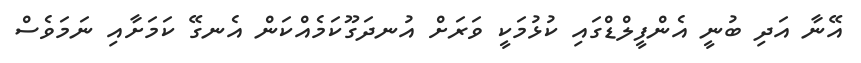
އޭނާ އަދި ބުނީ އެންފީލްޑްގައި ކުޅުމަކީ ވަރަށް އުނދަގޫކަމެއްކަން އެނގޭ ކަމަށާއި ނަމަވެސް